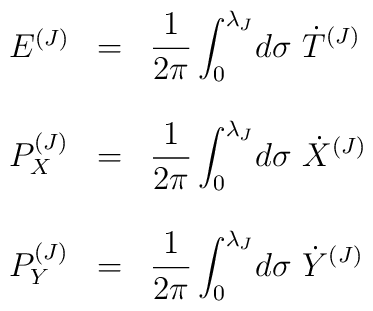
\begin{array}{lcl}E^{(J)} & = & {\displaystyle \frac{1}{2\pi}\int_0^{\lambda_J} \! d\sigma ~  {\dot{T}}^{(J)} } \\& & \\P_X^{(J)} & = & {\displaystyle \frac{1}{2\pi} \int_0^{\lambda_J} \! d\sigma{}~{\dot{X}}^{(J)} }  \\& & \\P_Y^{(J)} & = & {\displaystyle \frac{1}{2\pi} \int_0^{\lambda_J} \! d\sigma{}~{\dot{Y}}^{(J)} }\end{array}